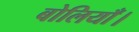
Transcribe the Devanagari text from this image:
बोलियाँ।